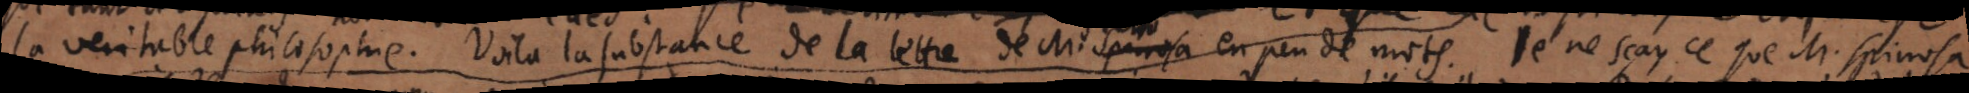
la veritable philosophie. Voila la substance de la lettre de M. Spinosa en peu de mots. Je ne sçay ce que M. Spinosa